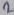
Text: 1